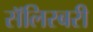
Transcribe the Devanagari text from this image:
सॅलिस्बरी